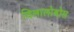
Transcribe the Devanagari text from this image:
विलालोबोस